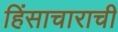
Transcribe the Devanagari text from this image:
हिंसाचाराची